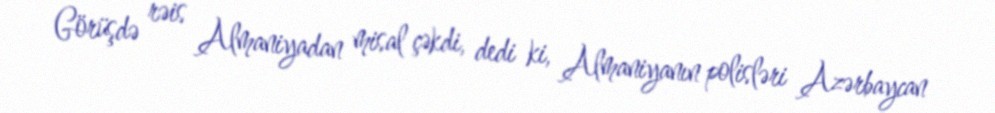
Görüşdə rəis Almaniyadan misal çəkdi, dedi ki, Almaniyanın polisləri Azərbaycan